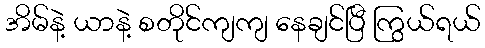
အိမ်နဲ့ ယာနဲ့ စတိုင်ကျကျ နေချင်ပြီ ကြွယ်ရယ်